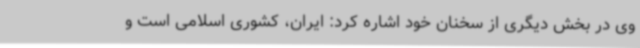
وی در بخش دیگری از سخنان خود اشاره کرد: ایران، کشوری اسلامی است و